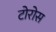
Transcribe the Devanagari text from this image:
टोरोस